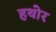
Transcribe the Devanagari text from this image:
हथोर